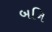
બનિ